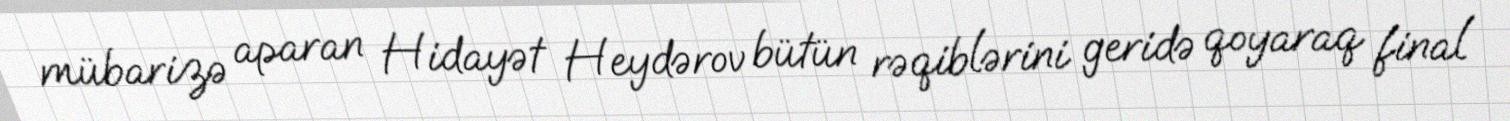
mübarizə aparan Hidayət Heydərov bütün rəqiblərini geridə qoyaraq final